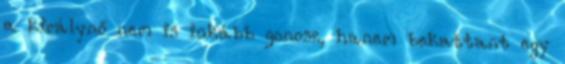
a királynő nem is inkább gonosz, hanem bekattant egy